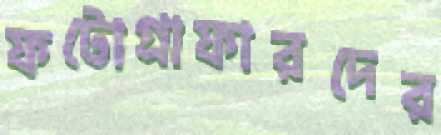
ফটোগ্রাফারদের